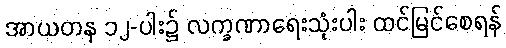
အာယတန ၁၂-ပါး၌ လက္ခဏာရေးသုံးပါး ထင်မြင်စေရန်